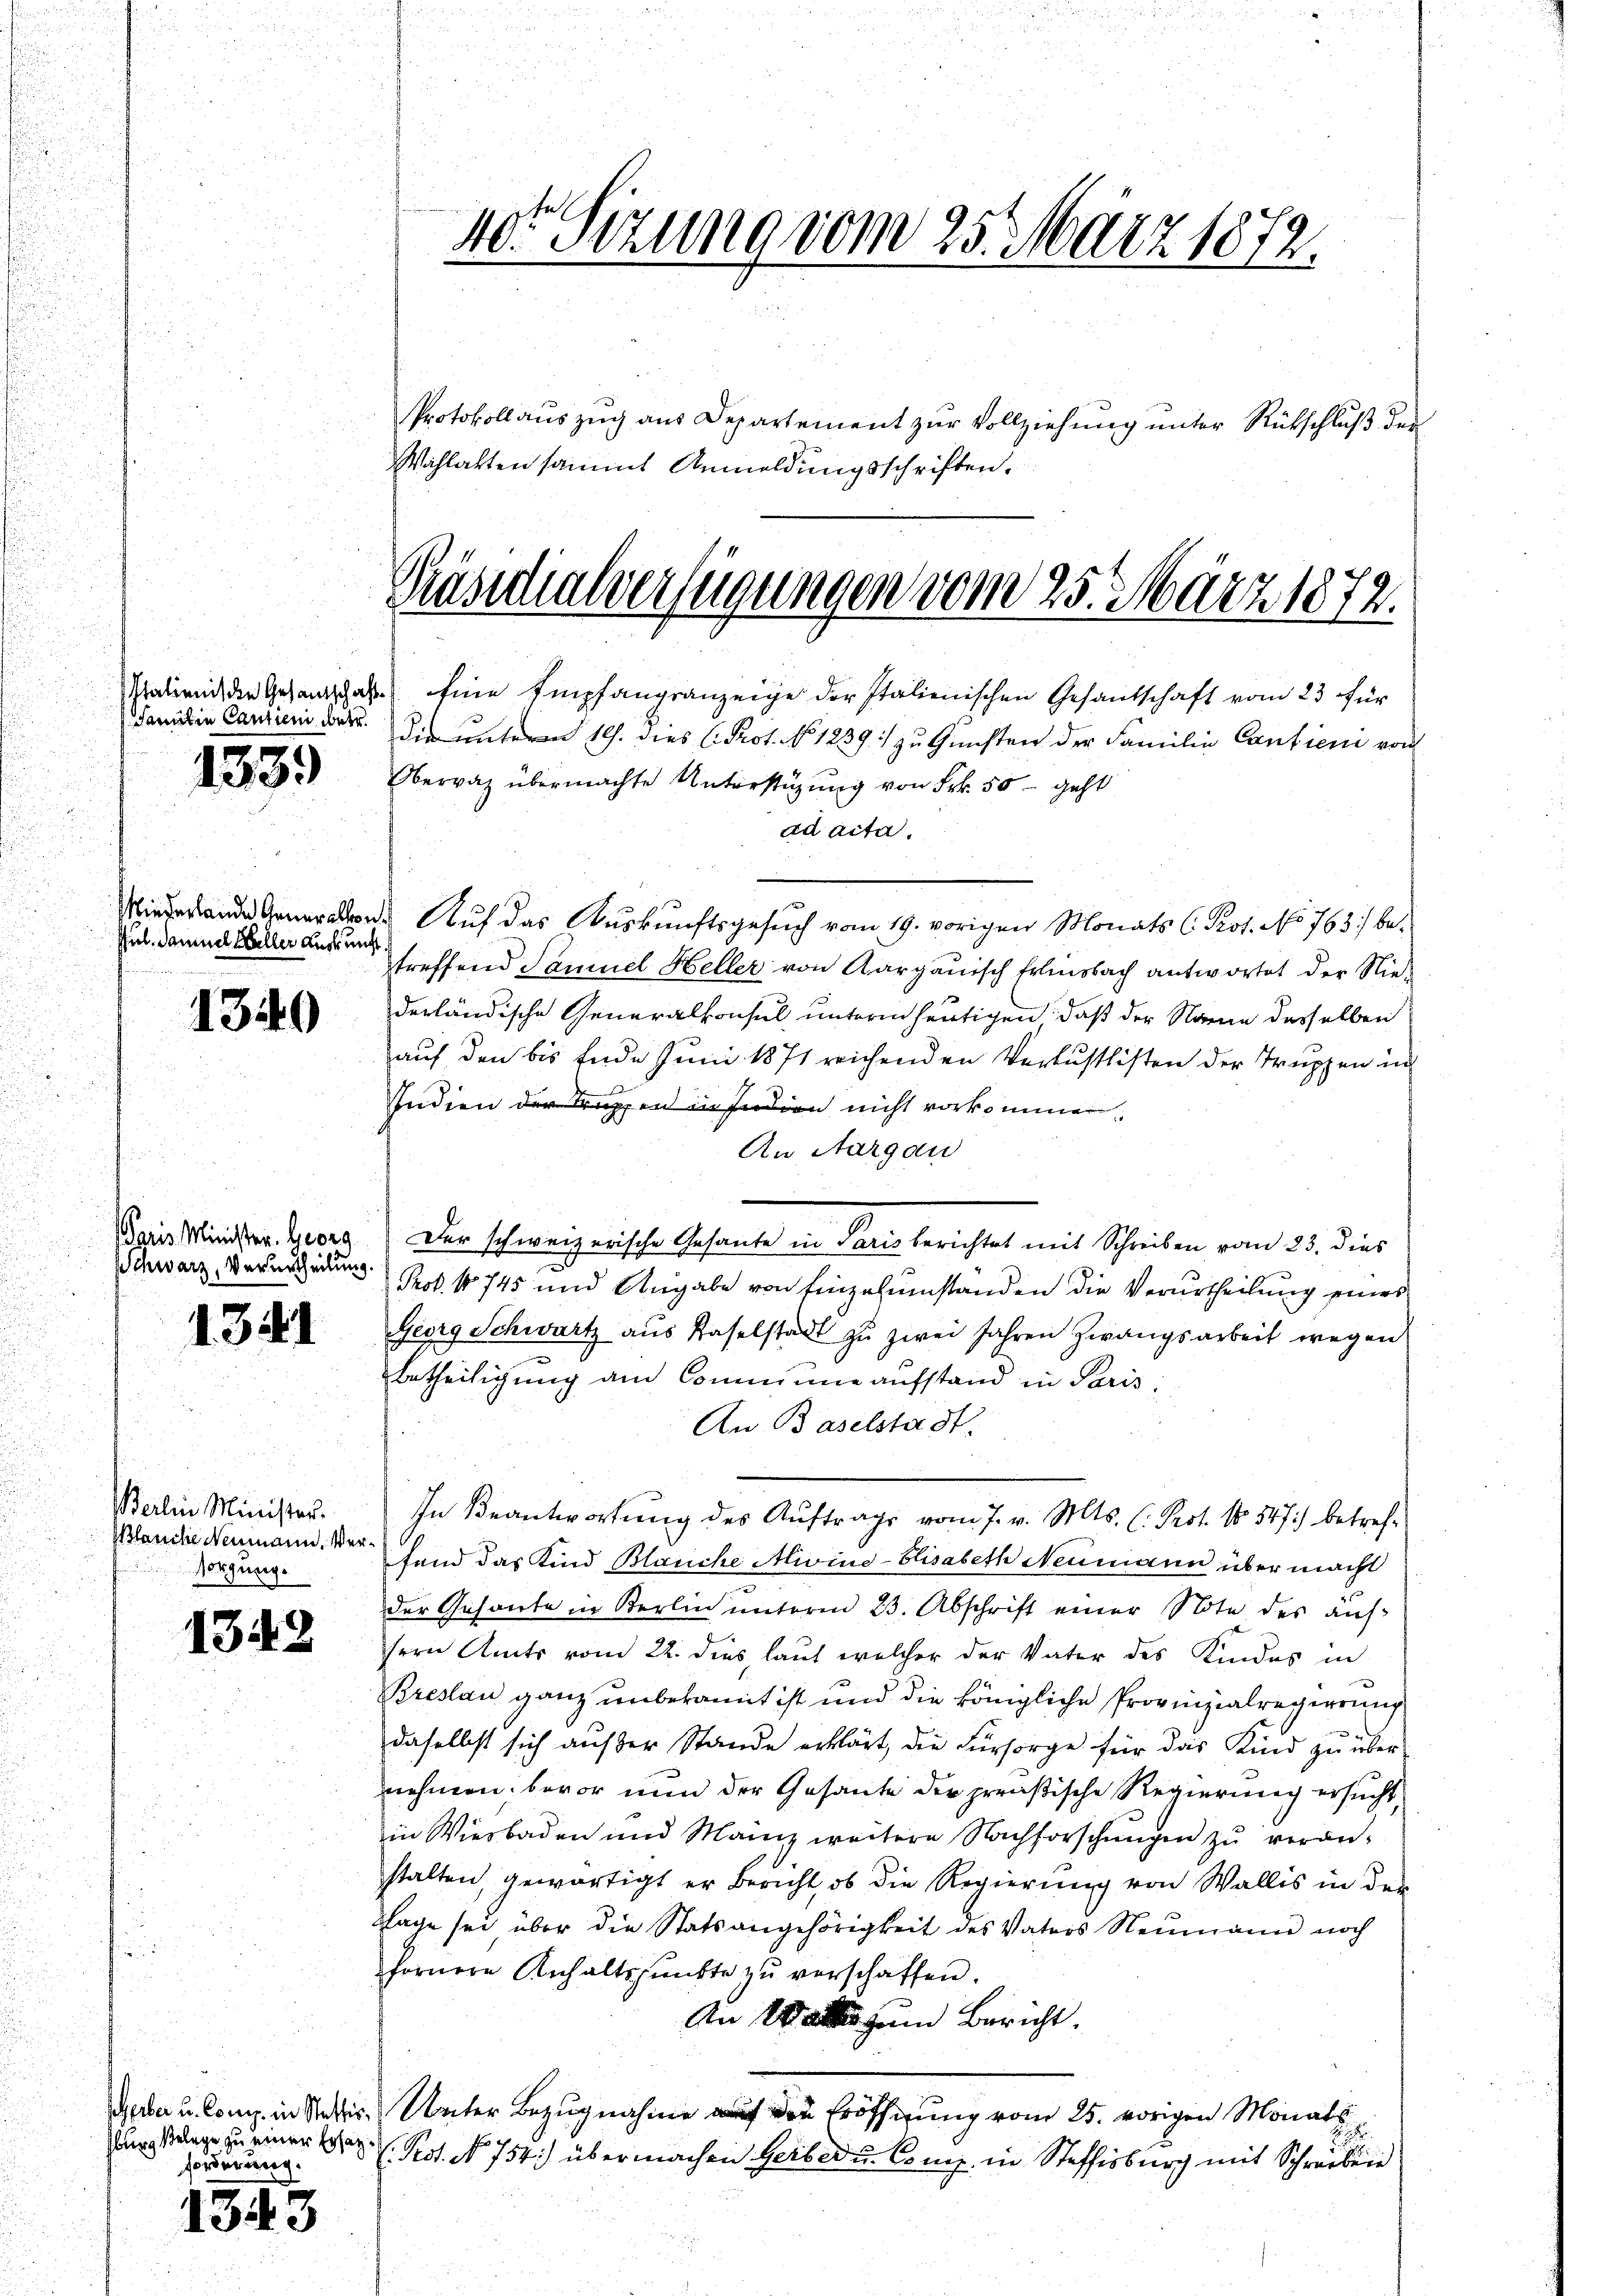
Italie
 Sanit

1339)

Pfel. Samuel Haller Auskunft

1340

Paris Minister. Georg
Schwarz, Verurtheilung.

1341

Berlin Minister.
Blanche Neumann. Versorgung.

13.

forderung.

3

2

die Gesanschaft eine Empfangsanzeige der Italienischen Gesantschaft vom 23 für
Carrien ders. Die unterm 10. dies C. Prot. No 1239. zu Gunsten der Familie Cantieni von
Obervaz übermachte Unterstüzung von Frk. 50 – geht
ad acta.
Minde Gener Auf das Auskunftsgesuch vom 19. vorigen Monats C. Prot. No 763) be-
treffend Samuel Heller von Aargauisch Erleobach antwortet der Niederländische Generalkonsul unterm heutigen, daß der Name desselben
auf den bis Ende Juni 1871 reichenden Verlustlisten der Truppen in
Indien der Truppen in studien nicht vorkommen,
An Aargau
Der schweizerische Gesante in Paris berichtet mit Schreiben vom 23. dies
Prof. No 745 und Angabe von Einzelumstanden die Verurtheilung eines
Georg Schwartz aus Baselstadt zu zwei Jahren Zwangsarbeit wegen
Betheiligŭng am Commune aufstand in Paris:
An Baselstadt.
In Beantwortung des Auftrags vom 7. v. Mts. (: Prot. No 547) betreffand das Kind Blanche Mivine-Elisabeth Neumann über macht
der Gesante in Berlin unterm 23. Abschrift einer Note des aufsern Amts vom 22. dies, laut welcher der Vater des Kindes in
Breslau ganz unbekannt ist und die königliche Provinzialregierung
daselbst sich außer Stande erklärt, die Fürsorge für das Kind zu übernehmen: bevor nun der Gesante der preußische Regierung ersucht,
in Wiesbaden und Mainz weitere Nachforschungen zu veranstalten, gewärtigt er Bericht, ob die Regierŭng von Wallis in der
lage sei über die Statsangehörigkeit des Vaters Neumann noch
fornere Anhaltspunkte zŭ verschaffen.
An Wald zum Bericht.
Gebe u. Comp. in Statis Unter Bezugnahme auf die Eröffnung vom 25. vorigen Monats
rgange zu einer der Prot. No. 754.) übermachen Gerbe du Comp. in Steffisburg mit Schreiben

40 Sitzung vom 25. März 1872.

Wahlakten sammt Anmeldungsschriften.

Präsidialverfügungen vom 25. März 1872.

Protokollauszug aus Departement zur Vollziehung unter Rückschluß der